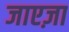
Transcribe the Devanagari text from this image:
जाएज़ा